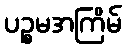
ပဉ္စမအကြိမ်